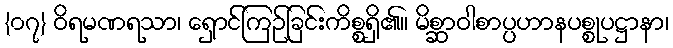
{၀၇} ဝိရမဏရသာ၊ ရှောင်ကြဉ်ခြင်းကိစ္စရှိ၏။ မိစ္ဆာဝါစာပ္ပဟာနပစ္စုပဋ္ဌာနာ၊